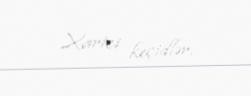
Xarici keçidlər.